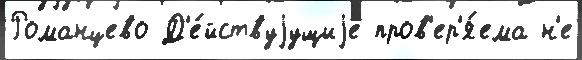
Романцево Д'е́йствуjущиjе пров'ер'я́ема н'е